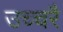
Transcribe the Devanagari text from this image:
उच्‍चरै